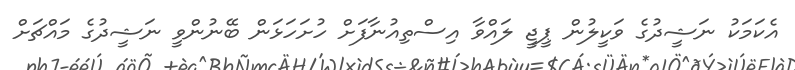
އެކަމަކު ނަޝީދުގެ ވަކީލުން ޕީޖީ ލައްވާ އިސްތިއުނާފަށް ހުށަހަޅަން ބޭނުންވީ ނަޝީދުގެ މައްޗަށް